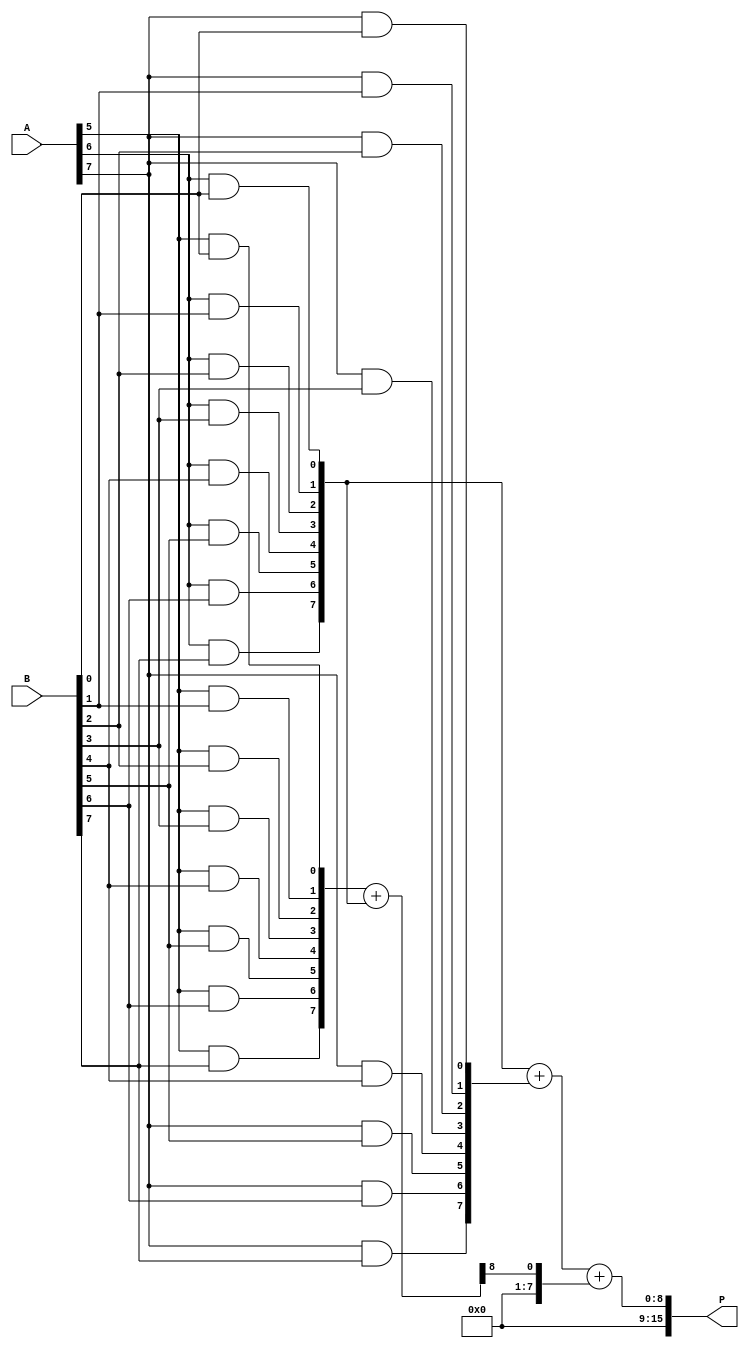
module FaultTolerantWallaceTreeMultiplier #(parameter N = 8) (
    input  [N-1:0] A, 
    input  [N-1:0] B,
    output reg [2*N-1:0] P
);
    
    // Partial product generation
    wire [N-1:0] pp [0:N-1];  // Partial products
    genvar i, j;
    generate
        for (i = 0; i < N; i = i + 1) begin : gen_partial_products
            for (j = 0; j < N; j = j + 1) begin : and_gate
                assign pp[i][j] = A[i] & B[j];
            end
        end
    endgenerate

    // Wallace tree reduction
    wire [N-1:0] sum [0:N-1];   // Sum wires for full adders
    wire [N-1:0] carry [0:N-1]; // Carry wires for full adders
    wire [N-1:0] redundant_sum [0:N-1];   // Redundant sum wires
    wire [N-1:0] redundant_carry [0:N-1]; // Redundant carry wires
    
    // Stage to reduce the first level of partial products
    generate
        for (i = 0; i < N; i = i + 1) begin : reduction_stage
            if (i < N-1) begin
                // Full adder logic with redundancy
                assign {carry[i+1], sum[i]} = pp[i] + pp[i+1];
                assign {redundant_carry[i+1], redundant_sum[i]} = pp[i] + pp[i+1]; // Redundant path
            end
        end
    endgenerate
    
    // Final addition stage using another redundant path
    wire [2*N-1:0] final_sum, final_redundant_sum;
    wire final_carry_out, final_redundant_carry_out;

    assign {final_carry_out, final_sum} = sum[N-2] + carry[N-2];
    assign {final_redundant_carry_out, final_redundant_sum} = redundant_sum[N-2] + redundant_carry[N-2];

    // Output correction logic
    always @(*) begin
        if (final_sum == final_redundant_sum) begin
            P = final_sum; // Output the correct sum if no fault is detected
        end else begin
            P = final_redundant_sum; // Fallback to redundant path
        end
    end

endmodule